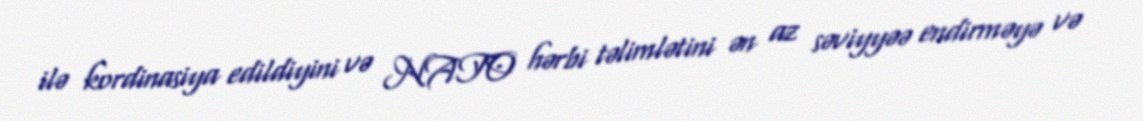
ilə kordinasiya edildiyini və NATO hərbi təlimlətini ən az səviyyəə endirməyə və